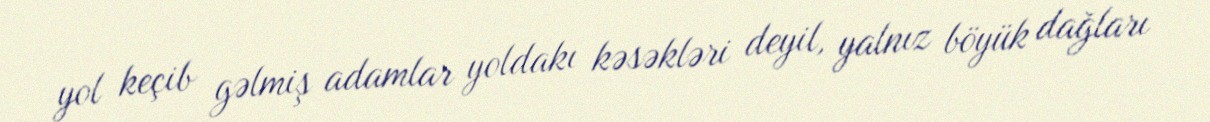
yol keçib gəlmiş adamlar yoldakı kəsəkləri deyil, yalnız böyük dağları